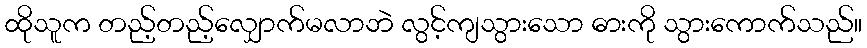
ထိုသူက တည့်တည့်လျှောက်မလာဘဲ လွင့်ကျသွားသော ဓားကို သွားကောက်သည်။